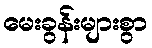
မေးခွန်းများစွာ